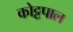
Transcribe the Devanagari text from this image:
कोट्टपाल